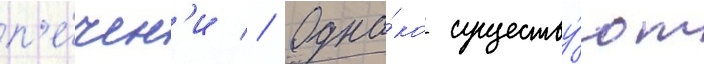
п'е́чен'и // Одна́ко существу́ют